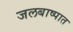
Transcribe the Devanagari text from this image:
जलबाष्पात